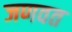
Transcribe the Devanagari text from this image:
जणवत